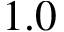
1 . 0